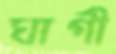
ঘাগী